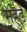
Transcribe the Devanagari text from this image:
महुडे